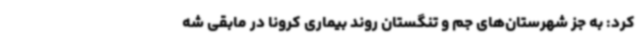
کرد: به جز شهرستان‌های جم و تنگستان روند بیماری کرونا در مابقی شه